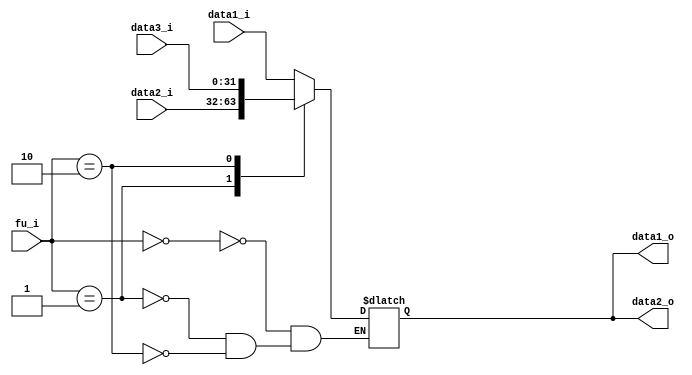
module MUX7
(
	data1_i,
	data2_i,
	data3_i,
	fu_i,
	data1_o,
	data2_o
);

input	[31:0]	data1_i, data2_i, data3_i;
input	[1:0]	fu_i;
output	[31:0]	data1_o, data2_o;

reg		[31:0]	temp_data_o;

assign	data1_o = temp_data_o;
assign	data2_o = temp_data_o;

always @ (*)
begin
		case(fu_i)
			2'b00:	begin
					temp_data_o = data1_i;
					end
			2'b01:	begin
					temp_data_o = data2_i;
					end
			2'b10:	begin
					temp_data_o = data3_i;
					end
			default: $display("Error in MUX 7");
		endcase
end

endmodule